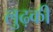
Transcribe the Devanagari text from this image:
लुढ़की